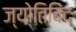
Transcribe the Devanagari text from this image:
ज्योतिबिंद